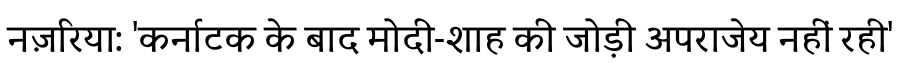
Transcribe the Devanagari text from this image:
नज़रिया: 'कर्नाटक के बाद मोदी-शाह की जोड़ी अपराजेय नहीं रही'